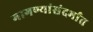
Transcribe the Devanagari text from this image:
मागण्यांसंदर्भात